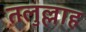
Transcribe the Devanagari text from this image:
तलुल्लाह